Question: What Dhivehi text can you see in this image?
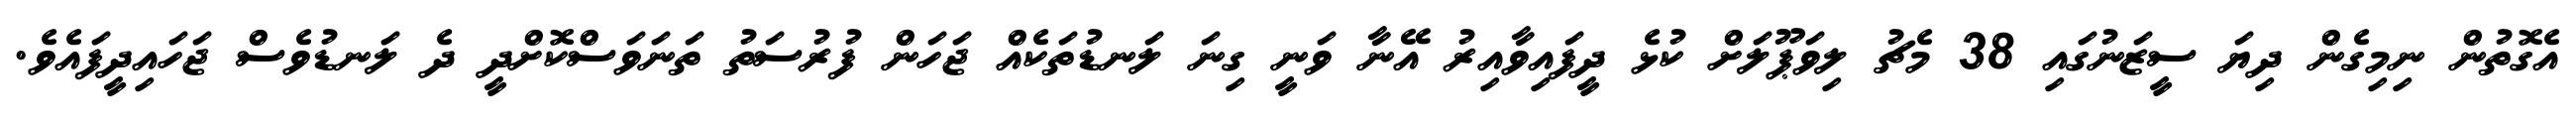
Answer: އެގޮތުން ނިމިގެން ދިޔަ ސީޒަނުގައި 38 މެޗު ލިވަޕޫލަށް ކުޅެ ދީފައިވާއިރު އޭނާ ވަނީ ގިނަ ލަނޑުތަކެއް ޖަހަން ފުރުސަތު ތަނަވަސްކޮށްދީ ދެ ލަނޑުވެސް ޖަހައިދީފައެވެ.